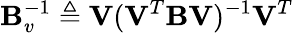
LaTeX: \mathbf{B}_{v}^{-1}\triangleq\mathbf{V}(\mathbf{V}^{T}\mathbf{B}\mathbf{V})^{-1}\mathbf{V}^{T}